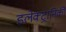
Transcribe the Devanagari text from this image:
इलेक्‍ट्रानिकी